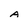
Character: A